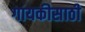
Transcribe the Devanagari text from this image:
गायकीसाठी